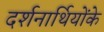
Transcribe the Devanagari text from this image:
दर्शनार्थियोंके